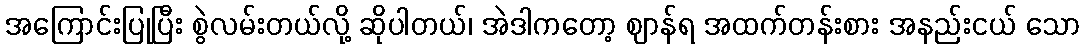
အကြောင်းပြုပြီး စွဲလမ်းတယ်လို့ ဆိုပါတယ်၊ အဲဒါကတော့ ဈာန်ရ အထက်တန်းစား အနည်းငယ် သော